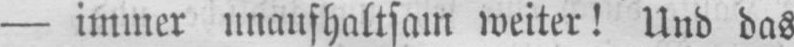
- immer unaufhaltsam weiter! Und das